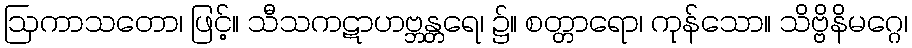
ဩကာသတော၊ ဖြင့်။ သီသကဋာဟဗ္ဘန္တရေ၊ ၌။ စတ္တာရော၊ ကုန်သော။ သိဗ္ဗိနိမဂ္ဂေ၊